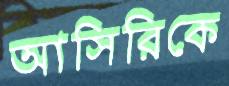
আসিরিকে